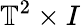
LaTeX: \mathbb{T}^{2}\times I